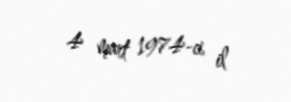
4 mart 1974-ci il